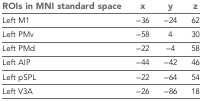
| ROIs in MNI standard space | x | y | z |
 | --- | --- | --- | --- |
 | Left M1 | −36 | −24 | 62 |
 | Left PMv | −58 | 4 | 30 |
 | Left PMd | −22 | −4 | 58 |
 | Left AIP | −44 | −42 | 46 |
 | Left pSPL | −22 | −64 | 54 |
 | Left V3A | −26 | −86 | 18 |